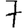
Digit: 7